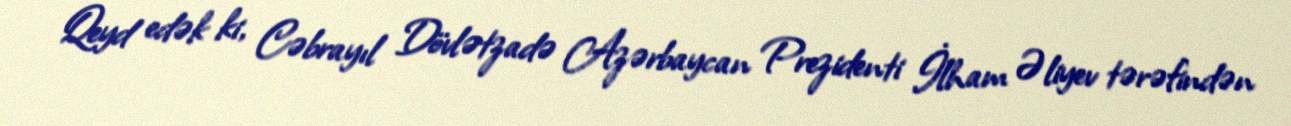
Qeyd edək ki, Cəbrayıl Dövlətzadə Azərbaycan Prezidenti İlham Əliyev tərəfindən